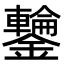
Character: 𮣣